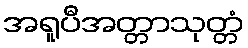
အရူပီအတ္တာသုတ္တံ